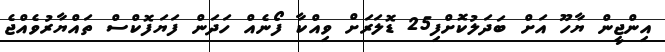
އިންޖީން ޔާހޫ އަށް ބަދަލުކޮށްފި25 ޑޮލަރަށް ވިއްކާ ފޯނެއް ހަދަން ފަޔަފޮކްސް ތައްޔާރުވެއްޖެ